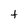
Character: f